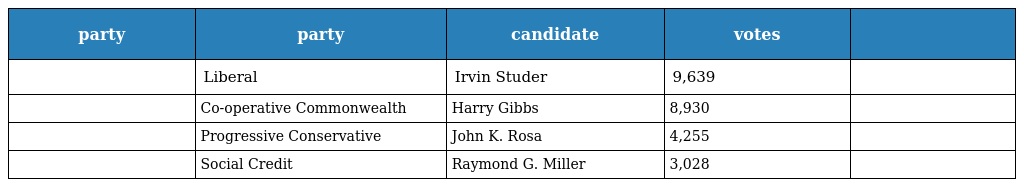
| party | party | candidate | votes |  |
 | --- | --- | --- | --- | --- |
 |  | Liberal | Irvin Studer | 9,639 |  |
 |  | Co-operative Commonwealth | Harry Gibbs | 8,930 |  |
 |  | Progressive Conservative | John K. Rosa | 4,255 |  |
 |  | Social Credit | Raymond G. Miller | 3,028 |  |